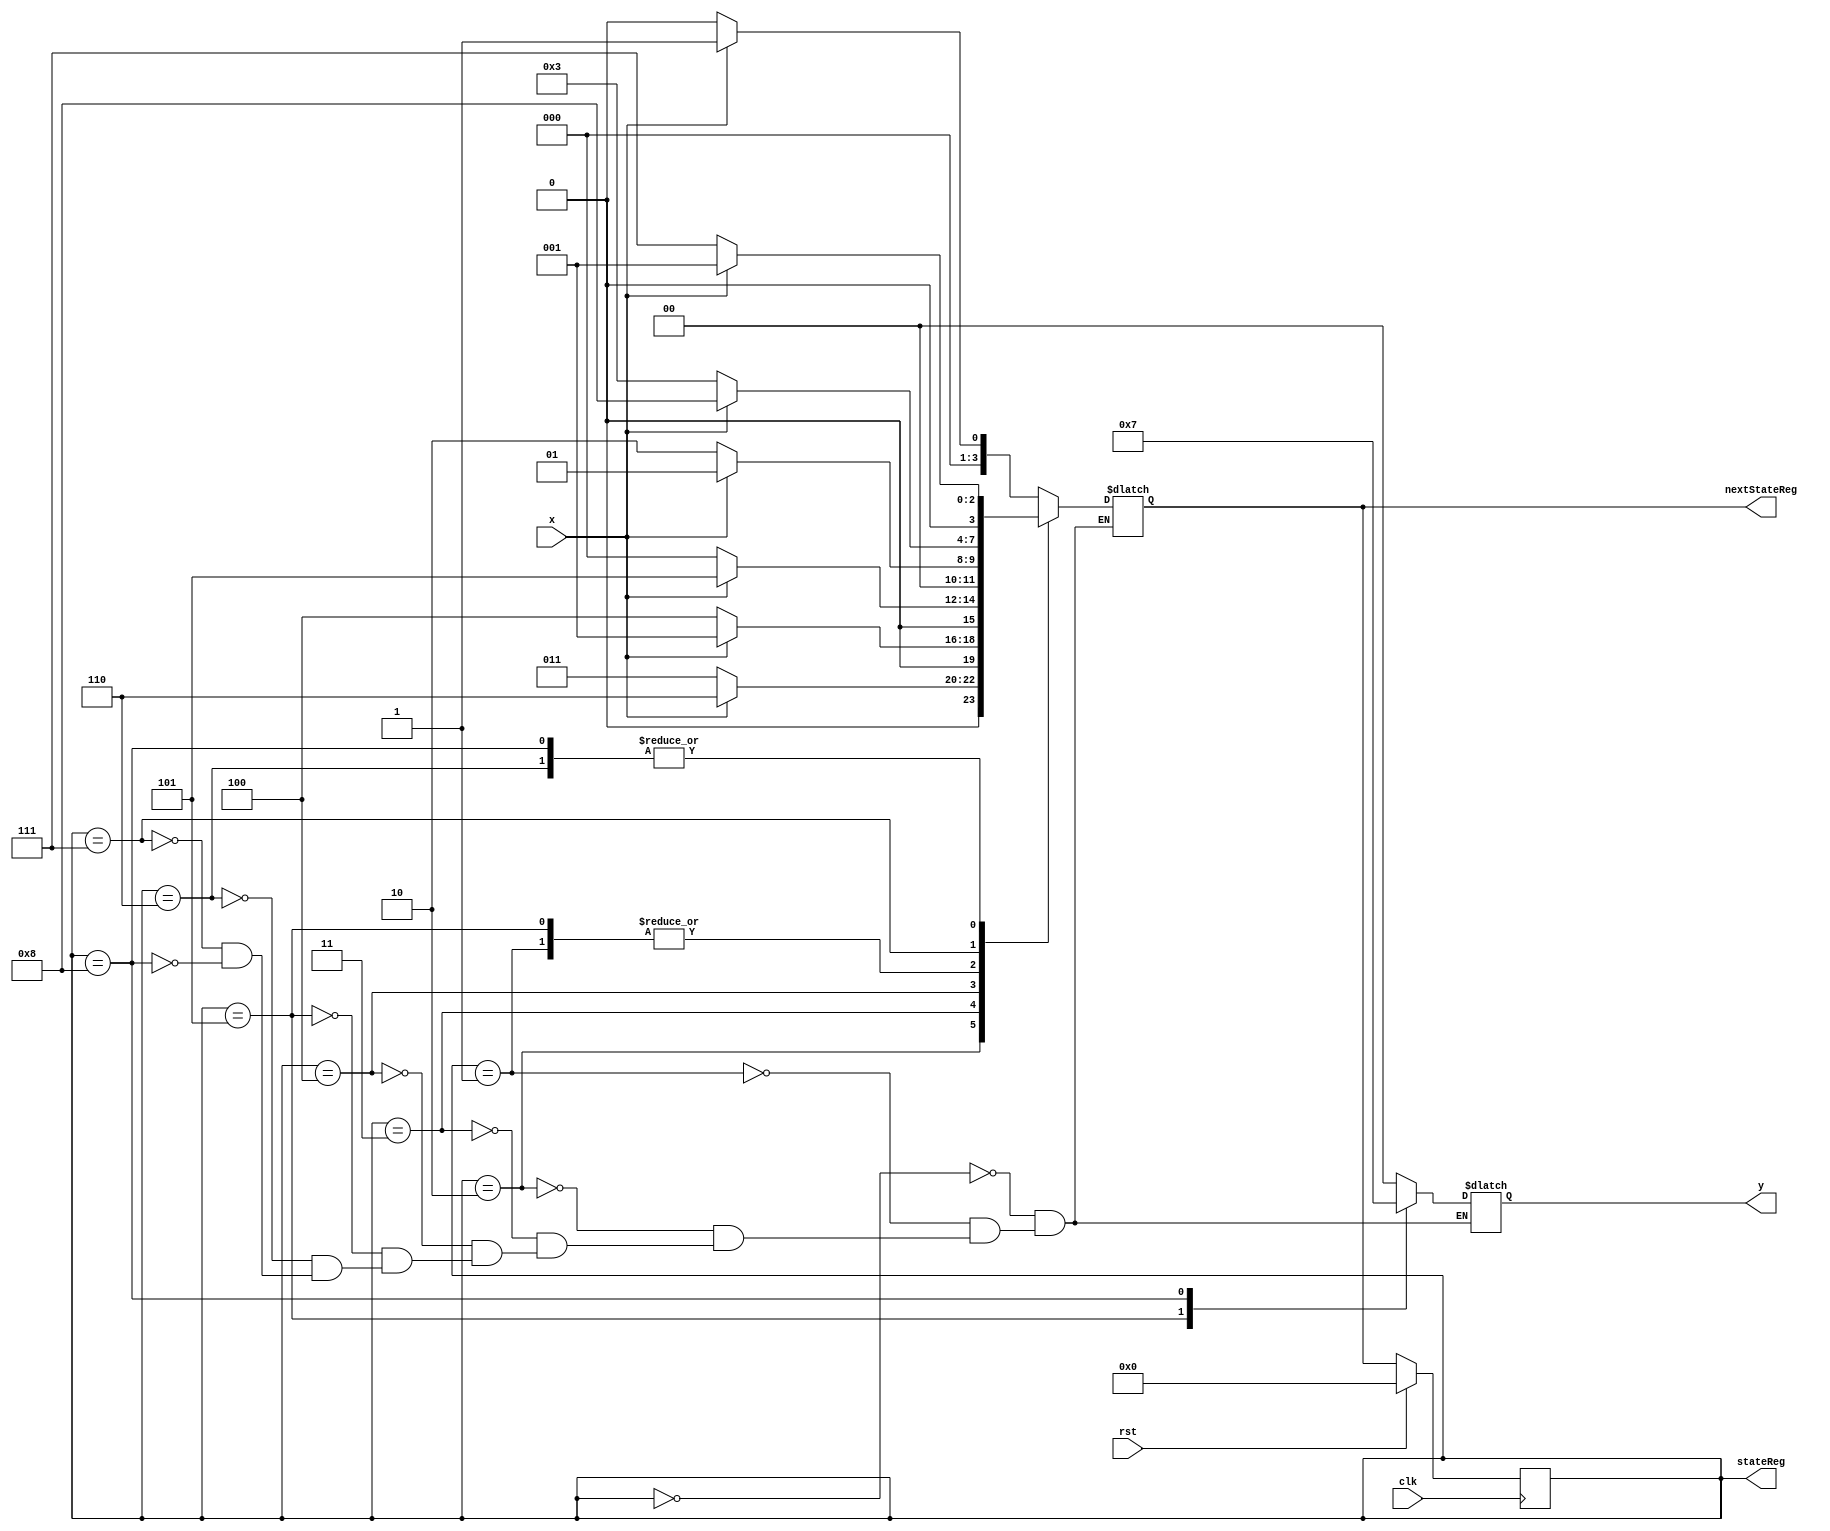
`timescale 1ns / 1ns

module source(y, stateReg, nextStateReg, x, rst, clk);

output reg [1:0]y;
input wire x;
input wire rst;
input wire clk;
parameter S0 = 4'b0000,
	S1 = 4'b0001,
	S2 = 4'b0010,
	S3 = 4'b0011,
	S4 = 4'b0100,
	S5 = 4'b0101,
	S6 = 4'b0110,
	S7 = 4'b0111,
	S8 = 4'b1000;
	
output reg [3:0] stateReg;
output reg [3:0] nextStateReg;

always@(x, stateReg) begin
	case(stateReg)
		S0: begin
			if(x == 0) begin
				nextStateReg <= S0;
			end
			else begin
				nextStateReg <= S1;
			end
			y <= 2'b00;
		end
		S1: begin
			if(x == 0) begin
				nextStateReg <= S2;
			end
			else begin
				nextStateReg <= S1;
			end
			y <= 2'b00;
		end
		S2: begin
			if(x == 0) begin
				nextStateReg <= S3;
			end
			else begin
				nextStateReg <= S6;
			end
			y <= 2'b00;
		end
		S3: begin
			if(x == 0) begin
				nextStateReg <= S4;
			end
			else begin
				nextStateReg <= S1;
			end
			y <= 2'b00;
		end
		S4: begin
			if(x == 0) begin
				nextStateReg <= S0;
			end
			else begin
				nextStateReg <= S5;
			end
			y <= 2'b00;
		end
		S5: begin
			if(x == 0) begin
				nextStateReg <= S2;
			end
			else begin
				nextStateReg <= S1;
			end
			y <= 2'b01;
		end
		S6: begin
			if(x == 0) begin
				nextStateReg <= S7;
			end
			else begin
				nextStateReg <= S1;
			end
			y <= 2'b00;
		end
		S7: begin
			if(x == 0) begin
				nextStateReg <= S3;
			end
			else begin
				nextStateReg <= S8;
			end
			y <= 2'b00;
		end
		S8: begin
			if(x == 0) begin
				nextStateReg <= S7;
			end
			else begin
				nextStateReg <= S1;
			end
			y <= 2'b11;
		end
	endcase
end
		
always@(posedge clk) begin
	if(rst) begin
		stateReg <= S0;
	end
	else begin
		stateReg <= nextStateReg;
	end
end

endmodule